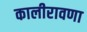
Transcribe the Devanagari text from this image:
कालीरावणा